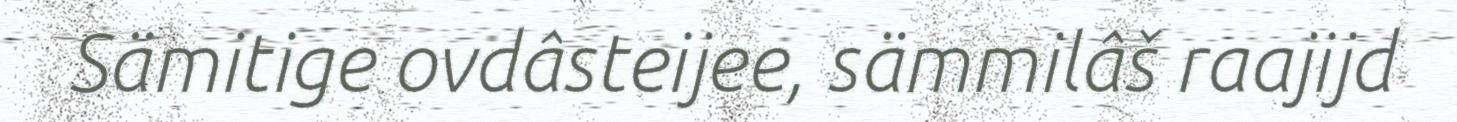
Sämitige ovdâsteijee, sämmilâš raajijd